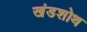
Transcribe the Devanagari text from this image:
खंडशोथ